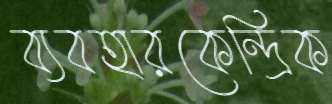
ব্যবহারকেন্দ্রিক